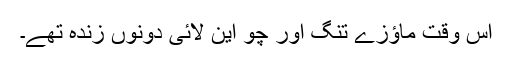
اس وقت ماؤزے تنگ اور چو این لائی دونوں زندہ تھے۔